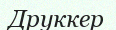
Друккер